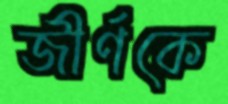
জীর্ণকে